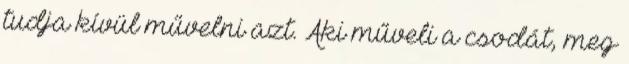
tudja kívül művelni azt. Aki műveli a csodát, meg